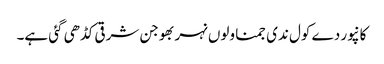
کانپور دے کول ندی جمنا ولوں نہر بھوجن شرقی کڈھی گئی ہے۔